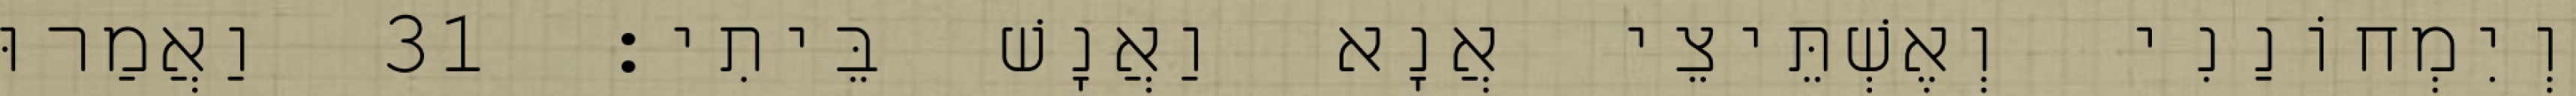
וְיִמְחוֹנַנִי וְאֶשְׁתֵּיצֵי אֲנָא וַאֲנָשׁ בֵּיתִי׃ 31 וַאֲמַרוּ